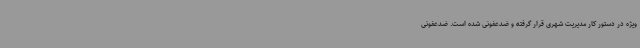
ویژه در دستور کار مدیریت شهری قرار گرفته و ضدعفونی شده است. ضدعفونی